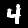
Label: 4